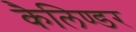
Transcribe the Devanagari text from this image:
कैलिण्डर